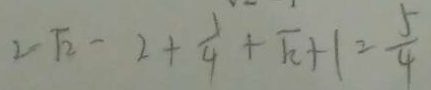
2 \sqrt { 2 } - 2 + \frac { 1 } { 4 } + \sqrt { 2 } + 1 = \frac { 5 } { 4 }